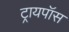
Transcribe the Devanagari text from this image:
ट्रायपॉस